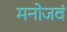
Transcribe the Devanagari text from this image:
मनोजवं